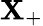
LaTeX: \mathbf{X}_{+}